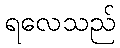
ရလေသည်